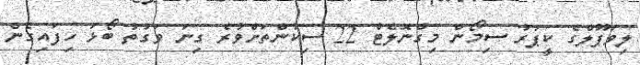
ލިވަޕޫލްގެ ކީޕަރު ސިމޯން މިގްނޮލެޓް 22 ސިކުންތަށްވުރެ ގިނަ ވަގުތު ބޯޅަ ހިފައިގެން